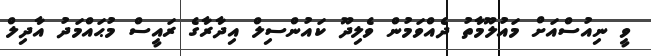
ވީ ނިއުސްއަށް މައުލޫމާތު ދެއްވަމުން ވެލިދޫ ކައުންސިލް އިދާރާގެ ރައީސް މުޙައްމަދު އާދިލް